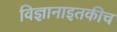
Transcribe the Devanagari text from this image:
विज्ञानाइतकीच